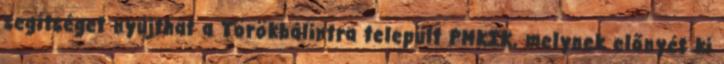
segítséget nyújthat a Törökbálintra települt PMKIK, melynek előnyét ki